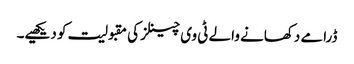
ڈرامے دکھانے والے ٹی وی چینلز کی مقبولیت کو دیکھیے۔